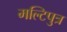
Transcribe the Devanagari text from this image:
मल्टिपुत्र